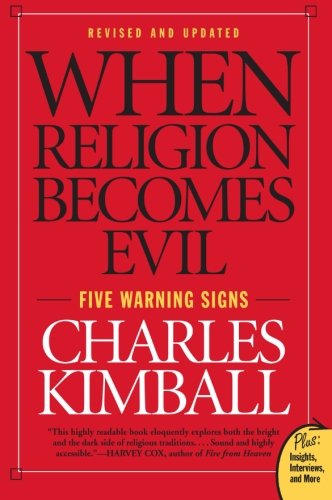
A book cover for When Religion Becomes Evil: Five Warning Signs (Plus); Charles Kimball; Religion & Spirituality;